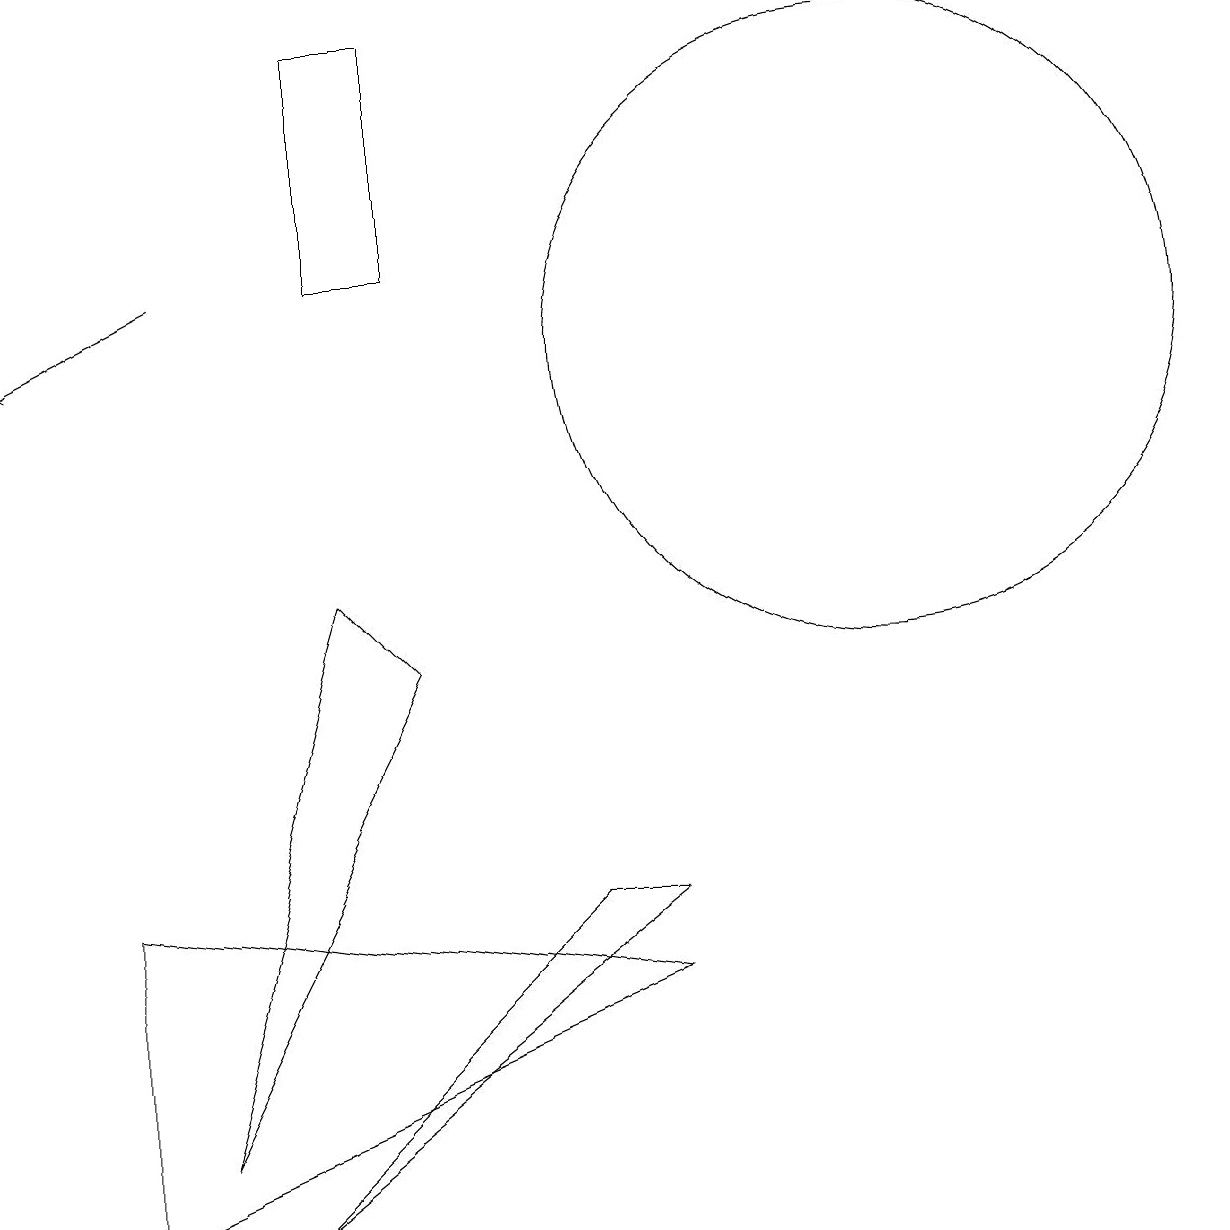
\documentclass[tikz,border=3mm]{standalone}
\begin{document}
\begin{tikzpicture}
\draw (6,12) rectangle (5,15);
\draw (12,11) circle (4);
\draw (10,11) circle (0);
\draw (6,7) -- (5,8) -- (3,1) -- cycle;
\draw[->] (3,12) -- (1,11);
\draw (9,4) -- (4,0) -- (8,4) -- cycle;
\draw (2,4) -- (9,3) -- (2,0) -- cycle;
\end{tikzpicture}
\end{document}